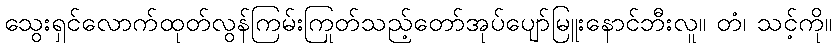
သွေးရှင်လောက်ထုတ်လွန်ကြမ်းကြုတ်သည့်တော်အုပ်ပျော်မြူးနောင်ဘီးလူ။ တံ၊ သင့်ကို။